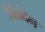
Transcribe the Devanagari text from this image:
विळंदेन